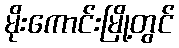
မိုးကောင်းမြို့တွင်